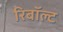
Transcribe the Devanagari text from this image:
रिबॉल्ट